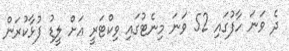
ދެ ވަނަ ހާފުގައި 52 ވަނަ މިނެޓުގައި ވިކްޓަރީ އަށް ލީޑު ފުޅާކުރަން